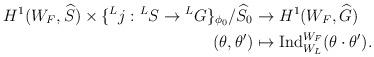
LaTeX: \begin{align*}\begin{aligned}H^1(W_F,\widehat{S})\times \{\prescript{L}{}{j}:\prescript{L}{}{S}\rightarrow \prescript{L}{}{G}\}_{\phi_0}/\widehat{S}_0&\rightarrow H^1(W_F,\widehat{G})\\(\theta,\theta')&\mapsto \mathrm{Ind}_{W_L}^{W_F}(\theta\cdot \theta').\end{aligned}\end{align*}